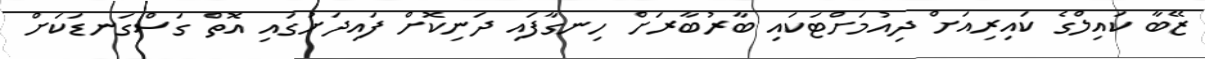
ޒޭބާ ކައިލްގެ ކައިރިއަށް ދިއުމަށްޓަކައި ބާރުބާރަށް ހިނގާފައި ދަނިކޮށް ފައިދަށުގައި އޮތް ގަސްގަނޑަކަށް